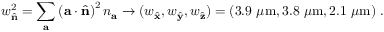
w _ { \hat { \mathbf { n } } } ^ { 2 } = \sum _ { \mathbf { a } } \left( \mathbf { a } \cdot \hat { \mathbf { n } } \right) ^ { 2 } n _ { \mathbf { a } } \rightarrow ( w _ { \hat { \mathbf { x } } } , w _ { \hat { \mathbf { y } } } , w _ { \hat { \mathbf { z } } } ) = ( 3 . 9 ~ \mu \mathrm { m } , 3 . 8 ~ \mu \mathrm { m } , 2 . 1 ~ \mu \mathrm { m } ) ~ .